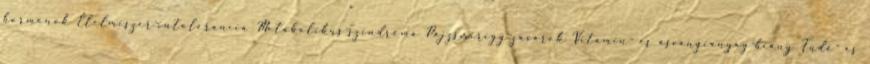
hormonok Élelmiszer-intolerancia Metabolikus-szindróma Pajzsmirigy-zavarok Vitamin- és ásványianyag-hiány Tüdő- és